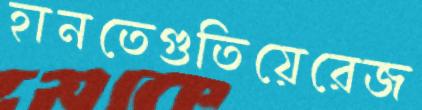
হানতেগুতিয়েরেজ